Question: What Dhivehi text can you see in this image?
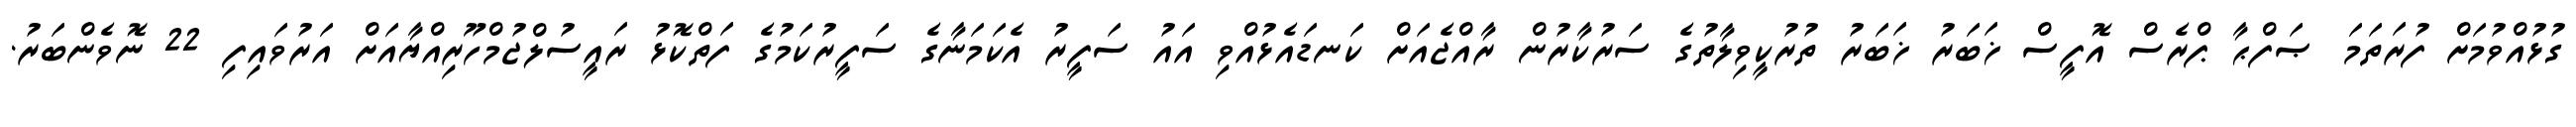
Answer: ގުޅުއްވުމަށް ފުރަތަމަ ޞަފްޙާ ޕްރެސް އޮފީސް ޚަބަރު ޚަބަރު ތުރުކީވިލާތުގެ ސަރުކާރުން ރާއްޖެއަށް ކަނޑައެޅުއްވި އައު ސަފީރު އެކަމަނާގެ ސަފީރުކަމުގެ ފަތްކޮޅު ރައީސުލްޖުމްހޫރިއްޔާއަށް އަރުވައިފި 22 ނޮވެންބަރު.